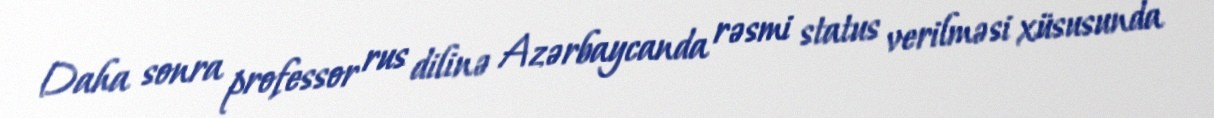
Daha sonra professor rus dilinə Azərbaycanda rəsmi status verilməsi xüsusunda